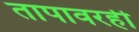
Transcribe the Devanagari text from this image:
तापावरही